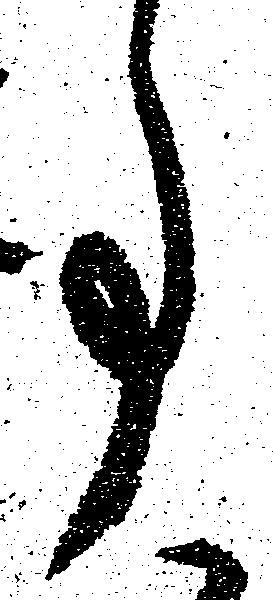
事